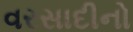
વરસાદીનો